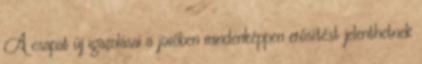
A csapat új igazolásai a jövőben mindenképpen erősítést jelenthetnek